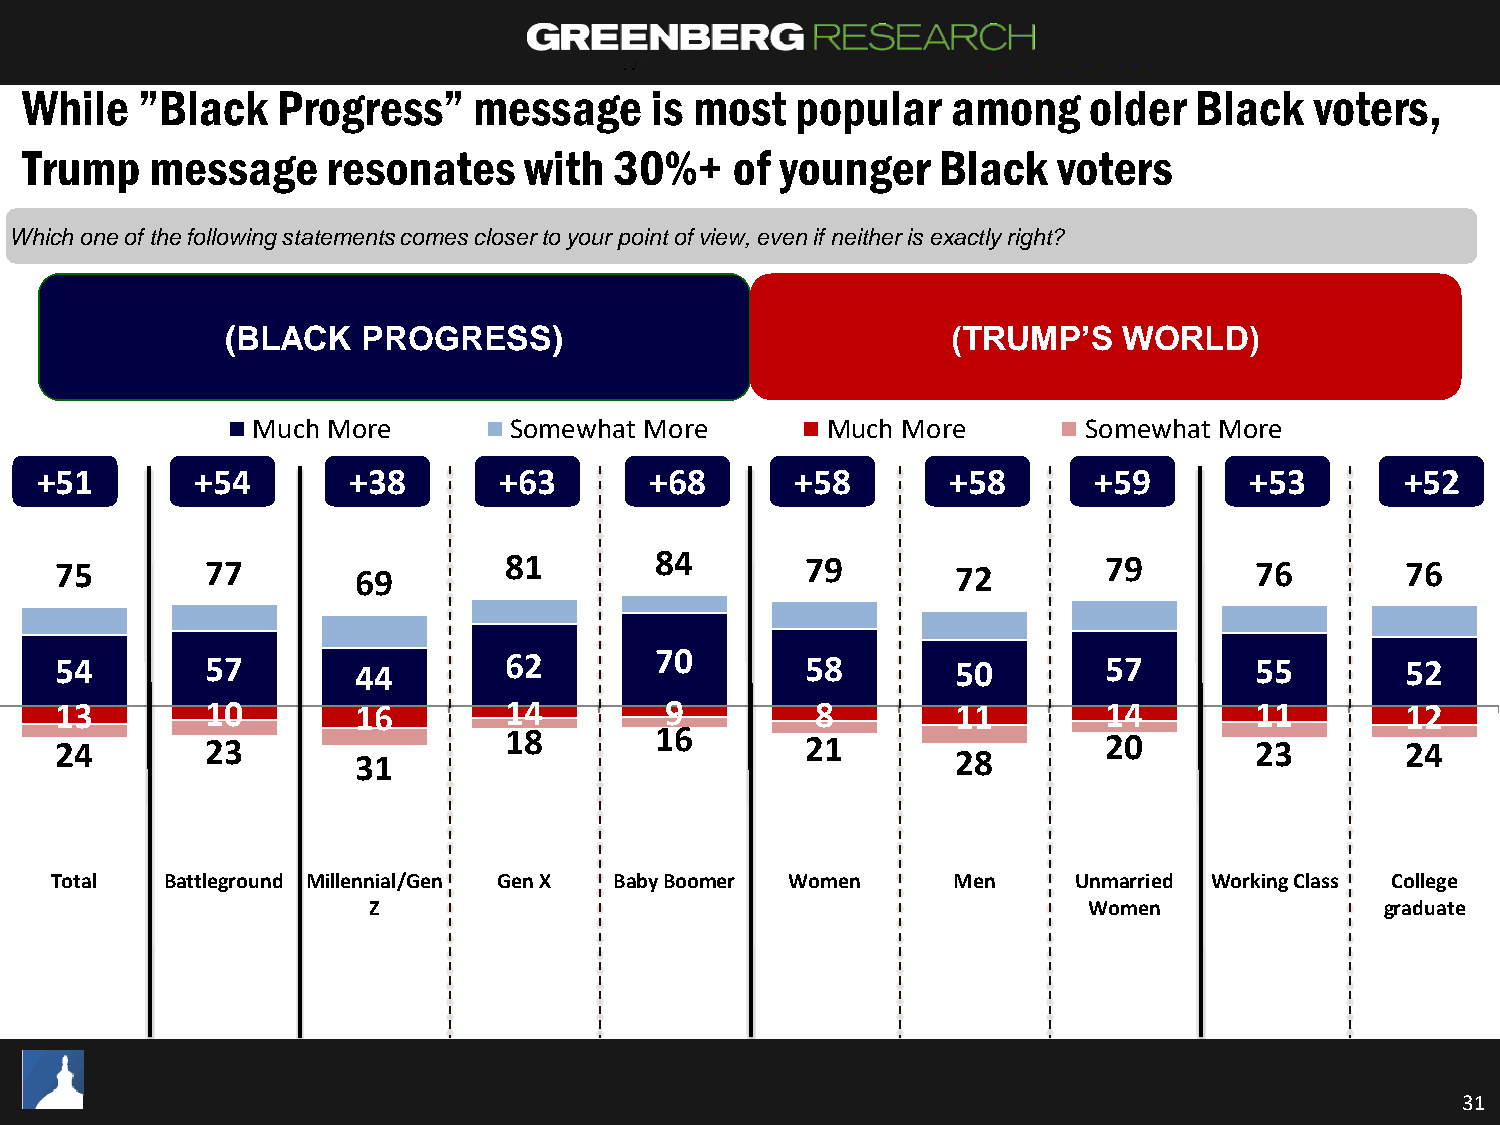
While   ”Black   Progress”    message     is most   popular   among    older  Black   voters,
 Trump    message     resonates    with  30%+    of younger   Black   voters
 Which one of the following statements comes closer to your point of view, even if neither is exactly right?
 (BLACK   PROGRESS)                              (TRUMP’S   WORLD)
 Much More        Somewhat More        Much More        Somewhat More
 +51        +54       +38       +63       +68       +58       +58      +59        +53       +52
 75        77        69       81        84        79        72        79        76        76
 54        57        44       62        70        58        50        57        55        52
 13        10        16       14         9         8        11        14        11        12
 24        23                 18        16        21                  20        23        24
 31                                     28
 Total   Battleground Millennial/Gen Gen X Baby Boomer Women Men     Unmarried Working Class College
 Z                                               Women               graduate
 31